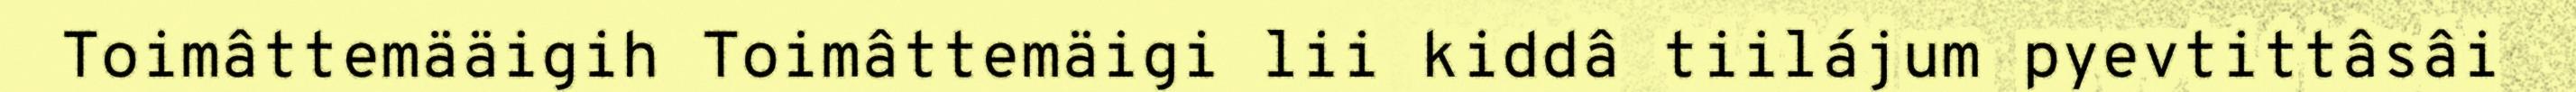
Toimâttemääigih Toimâttemäigi lii kiddâ tiilájum pyevtittâsâi